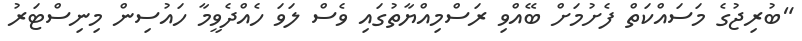
"ބުރިޖުގެ މަސައްކަތް ފެށުމަށް ބޭއްވި ރަސްމިއްޔާތުގައި ވެސް ލަވަ ހެއްދެވީމާ ހައުސިން މިނިސްޓަރު